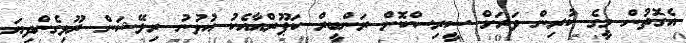
އެގޮތުން މީގެ ކުރިން ވަރަށް ސީރިސްކޮށް ރަންބީރް ކަޕޫރްއާއެކު އުޅުނު ރިލޭޝަން ރޫޅިގެންދިޔަ